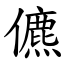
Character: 儦